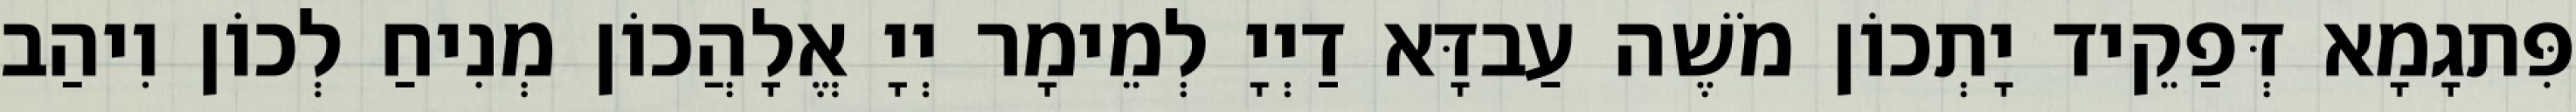
פִּתגָמָא דְּפַקֵיד יָתְכוֹן מֹשֶׁה עַבדָּא דַיְיָ לְמֵימָר יְיָ אֱלָהֲכוֹן מְנִיחַ לְכוֹן וִיהַב